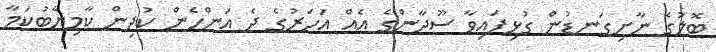
ބޮލުގެ ނާށިގަނޑުން ގުޅިފައިވާ ސޫދާންގެ އެއް އަހަރުގެ ދެ އަންހެން ކުދިން ކާމިޔާބުކަމާ